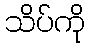
သိပ်ကို